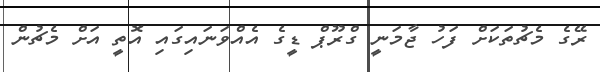
ރޭގެ މެޗުތަކަށް ފަހު ޖާމަނީ ގްރޫޕް ޑީގެ އެއްވަނައިގައި އޮތީ އަށް މެޗުން